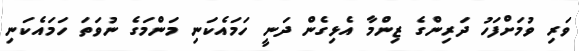
ވަރި ވުމަށްފަހު ދަރިންގެ ޒިންމާ އެޅިގެން ދަނީ ހަމައެކަނި މަންމަގެ ނުވަތަ ހަމައެކަނި